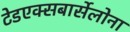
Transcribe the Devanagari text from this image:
टेडएक्सबार्सेलोना